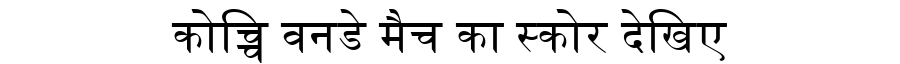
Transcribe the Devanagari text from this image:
कोच्चि वनडे मैच का स्कोर देखिए